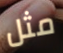
مثل